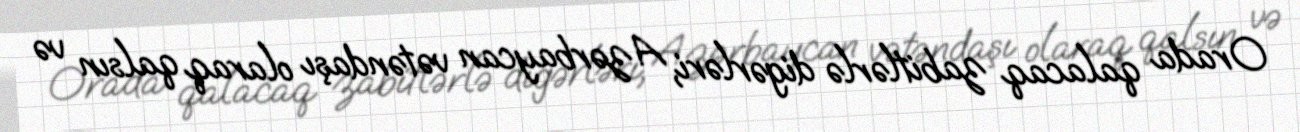
Orada qalacaq zabitlərlə digərləri, Azərbaycan vətəndaşı olaraq qalsın və